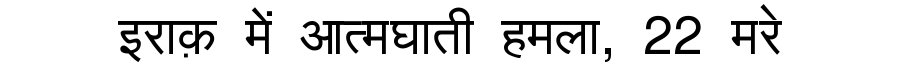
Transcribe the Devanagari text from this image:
इराक़ में आत्मघाती हमला, 22 मरे